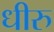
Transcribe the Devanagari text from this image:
धीरु